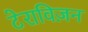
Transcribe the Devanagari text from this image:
टेराविज़न